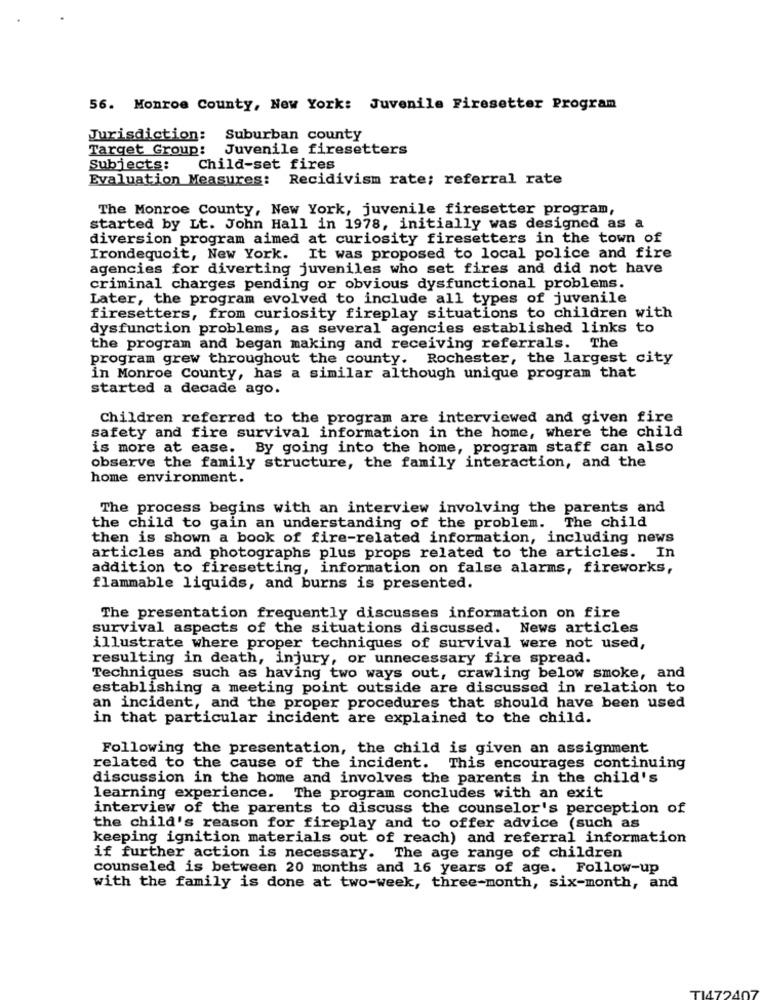
56. Monroe County, New York: Juvenile Firesetter Program
Jurisdiction: Suburban county
Target Group: Juvenile firesetters
Subjects:
Child-set fires
Evaluation Measures:
Recidivism rate; referral rate
The Monroe County, New York, juvenile firesetter program,
started by Lt. John Hall in 1978, initially was designed as a
diversion program aimed at curiosity firesetters in the town of
Irondequoit, New York. It was proposed to local police and fire
agencies for diverting juveniles who set fires and did not have
criminal charges pending or obvious dysfunctional problems.
Later, the program evolved to include all types of juvenile
firesetters, from curiosity fireplay situations to children with
dysfunction problems, as several agencies established links to
the program and began making and receiving referrals. The
program grew throughout the county. Rochester, the largest city
in Monroe County, has a similar although unique program that
started a decade ago.
Children referred to the program are interviewed and given fire
safety and fire survival information in the home, where the child
is more at ease. By going into the home, program staff can also
observe the family structure, the family interaction, and the
home environment.
The process begins with an interview involving the parents and
The child
the child to gain an understanding of the problem.
then is shown a book of fire-related information, including news
articles and photographs plus props related to the articles. In
addition to firesetting, information on false alarms, fireworks,
flammable liquids, and burns is presented.
The presentation frequently discusses information on fire
survival aspects of the situations discussed. News articles
illustrate where proper techniques of survival were not used,
resulting in death, injury, or unnecessary fire spread.
Techniques such as having two ways out, crawling below smoke, and
establishing a meeting point outside are discussed in relation to
an incident, and the proper procedures that should have been used
in that particular incident are explained to the child.
Following the presentation, the child is given an assignment
related to the cause of the incident. This encourages continuing
discussion in the home and involves the parents in the child's
learning experience. The program concludes with an exit
interview of the parents to discuss the counselor's perception of
the child's reason for fireplay and to offer advice (such as
keeping ignition materials out of reach) and referral information
if further action is necessary. The age range of children
counseled is between 20 months and 16 years of age. Follow-up
with the family is done at two-week, three-month, six-month, and
T175